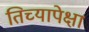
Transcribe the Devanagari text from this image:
तिच्यापेक्षा